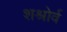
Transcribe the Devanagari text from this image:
शश्रोर्व